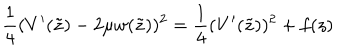
LaTeX: \frac 1 4 ( V ^ { \prime } ( \tilde { z } ) - 2 \mu w ( \tilde { z } ) ) ^ { 2 } = \frac 1 4 ( V ^ { \prime } ( \tilde { z } ) ) ^ { 2 } + f ( z )